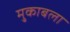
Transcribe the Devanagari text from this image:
मु्काबला